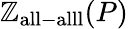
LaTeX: \mathbb{Z}_{\mathrm{{all-alll}}}(P)